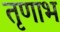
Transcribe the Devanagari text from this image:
तृणाभ